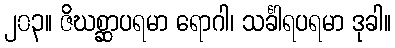
၂၀၃။ ဇိဃစ္ဆာပရမာ ရောဂါ၊ သင်္ခါရပရမာ ဒုခါ။